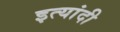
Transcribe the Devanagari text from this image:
इत्यांदी